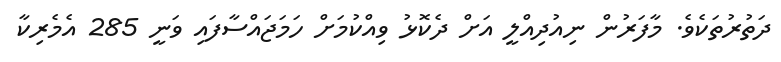
ދަތުރުތަކެވެ. މާފަރުން ނިއުދިއްލީ އަށް ދެކޮޅު ވިއްކުމަށް ހަމަޖައްސާފައި ވަނީ 285 އެމެރިކާ